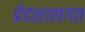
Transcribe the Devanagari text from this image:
प्रेदशालगत